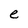
Character: e